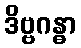
ဒိဗ္ဗဂန္ဓာ